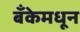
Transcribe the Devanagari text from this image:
बँकेमधून